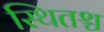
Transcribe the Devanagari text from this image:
स्थितश्च